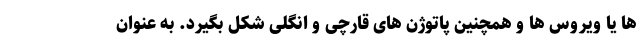
ها یا ویروس ها و همچنین پاتوژن های قارچی و انگلی شکل بگیرد. به عنوان